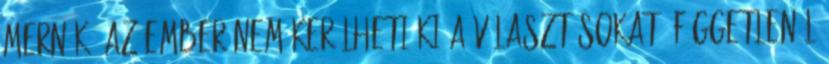
mernék. Az ember nem kerülheti ki a választásokat, függetlenül